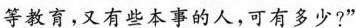
等教育，又有些本事的人，可有多少?”